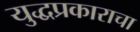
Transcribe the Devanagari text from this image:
युद्धप्रकाराचा